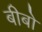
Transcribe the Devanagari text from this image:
बीबो